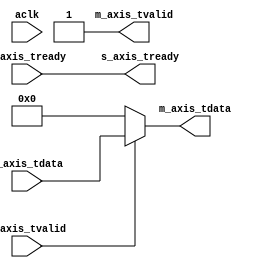

`timescale 1 ns / 1 ps

module axis_zeroer #
(
  parameter integer AXIS_TDATA_WIDTH = 32
)
(
  // System signals
  input  wire                        aclk,

  // Slave side
  output wire                        s_axis_tready,
  input  wire [AXIS_TDATA_WIDTH-1:0] s_axis_tdata,
  input  wire                        s_axis_tvalid,

  // Master side
  input  wire                        m_axis_tready,
  output wire [AXIS_TDATA_WIDTH-1:0] m_axis_tdata,
  output wire                        m_axis_tvalid
);

  assign s_axis_tready = m_axis_tready;
  assign m_axis_tdata = s_axis_tvalid ? s_axis_tdata : {(AXIS_TDATA_WIDTH){1'b0}};
  assign m_axis_tvalid = 1'b1;

endmodule